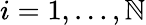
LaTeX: i=1,\ldots,\mathbb{N}